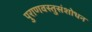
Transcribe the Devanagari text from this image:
पुराणवस्तुसंशोधन